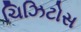
ચિઝિટોસ